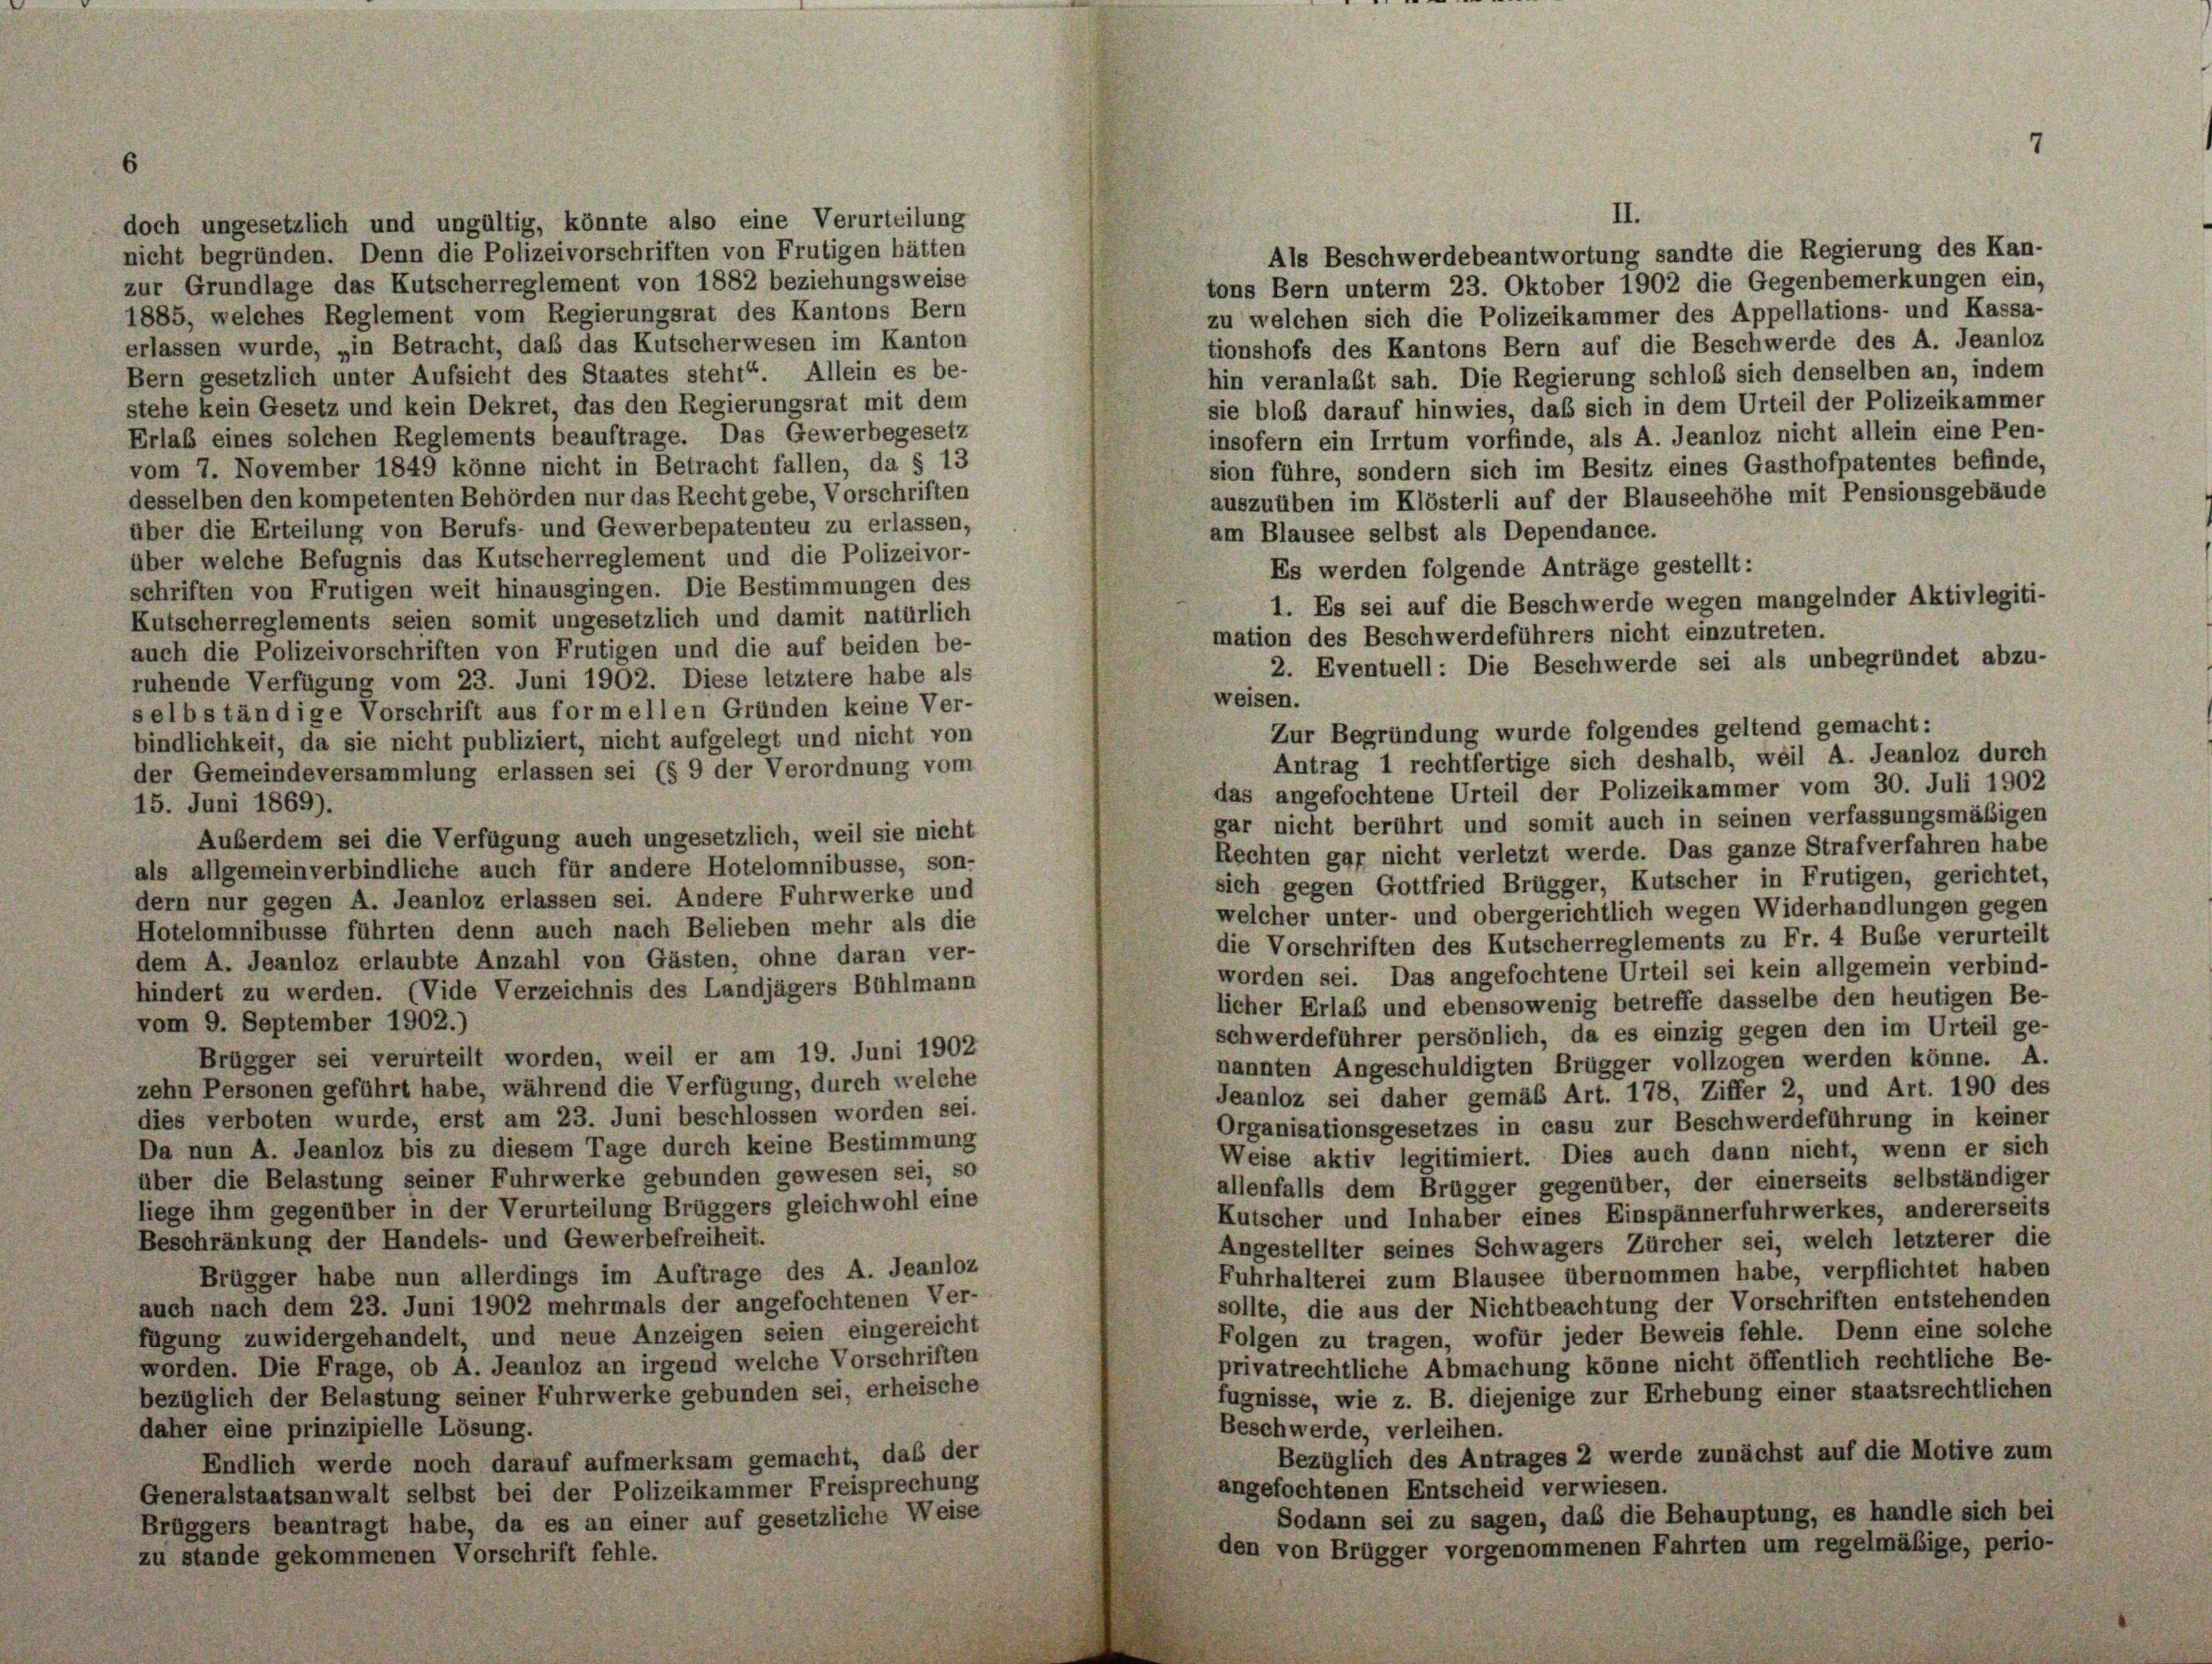
doch ungesetzlich und ungültig, könnte also eine Verurteilung
nicht begründen. Denn die Polizeivorschriften von Frutigen hätten
zur Grundlage das Kutscherreglement von 1882 beziehungsweise
1885, welches Reglement vom Regierungsrat des Kantons Bern
erlassen wurde, „in Betracht, daß das Kutscherwesen im Kanton
Bern gesetzlich unter Aufsicht des Staates steht“. Allein es be-
stehe kein Gesetz und kein Dekret, das den Regierungsrat mit dem
Erlaß eines solchen Reglements beauftrage. Das Gewerbegesetz
vom 7. November 1849 könne nicht in Betracht fallen, da § 13
desselben den kompetenten Behörden nur das Recht gebe, Vorschriften
über die Erteilung von Berufs- und Gewerbepatenteu zu erlassen,
über welche Befugnis das Kutscherreglement und die Polizeivor-
schriften von Frutigen weit hinausgingen. Die Bestimmungen des
Kutscherreglements seien somit ungesetzlich und damit natürlich
auch die Polizeivorschriften von Frutigen und die auf beiden be-
ruhende Verfügung vom 23. Juni 1902. Diese letztere habe als
selbständige Vorschrift aus formellen Gründen keine Ver-
bindlichkeit, da sie nicht publiziert, nicht aufgelegt und nicht von
der Gemeindeversammlung erlassen sei (§ 9 der Verordnung vom
15. Juni 1869).
Außerdem sei die Verfügung auch ungesetzlich, weil sie nicht
als allgemeinverbindliche auch für andere Hotelomnibusse, son-
dern nur gegen A. Jeanloz erlassen sei. Andere Fuhrwerke und
Hotelomnibusse führten denn auch nach Belieben mehr als die
dem A. Jeanloz erlaubte Anzahl von Gästen, ohne daran ver-
hindert zu werden. (Vide Verzeichnis des Landjägers Bühlmann
vom 9. September 1902.)
Brügger sei verurteilt worden, weil er am 19. Juni 1902
zehn Personen geführt habe, während die Verfügung, durch welche
dies verboten wurde, erst am 23. Juni beschlossen worden sei.
Da nun A. Jeanloz bis zu diesem Tage durch keine Bestimmung
über die Belastung seiner Fuhrwerke gebunden gewesen sei, so
liege ihm gegenüber in der Verurteilung Brüggers gleichwohl eine
Beschränkung der Handels- und Gewerbefreiheit.
Brügger habe nun allerdings im Auftrage des A. Jeanloz
auch nach dem 23. Juni 1902 mehrmals der angefochtenen Ver-
fügung zuwidergehandelt, und neue Anzeigen seien eingereicht
worden. Die Frage, ob A. Jeanloz an irgend welche Vorschriften
bezüglich der Belastung seiner Fuhrwerke gebunden sei, erheische
daher eine prinzipielle Lösung.
Endlich werde noch darauf aufmerksam gemacht, daß der
Generalstaatsanwalt selbst bei der Polizeikammer Freisprechung
Brüggers beantragt habe, da es an einer auf gesetzliche Weise
zu stande gekommenen Vorschrift fehle.

Als Beschwerdebeantwortung sandte die Regierung des Kan-
tons Bern unterm 23. Oktober 1902 die Gegenbemerkungen ein,
zu welchen sich die Polizeikammer des Appellations- und Kassa-
tionshofs des Kantons Bern auf die Beschwerde des A. Jeanloz
hin veranlaßt sah. Die Regierung schloß sich denselben an, indem
sie bloß darauf hinwies, daß sich in dem Urteil der Polizeikammer
insofern ein Irrtum vorfinde, als A. Jeanloz nicht allein eine Pen-
sion führe, sondern sich im Besitz eines Gasthofpatentes befinde,
auszuüben im Klösterli auf der Blauseehöhe mit Pensionsgebäude
am Blausee selbst als Dependance.
Es werden folgende Anträge gestellt:
1. Es sei auf die Beschwerde wegen mangelnder Aktivlegiti-
mation des Beschwerdeführers nicht einzutreten.
2. Eventuell: Die Beschwerde sei als unbegründet abzu-
weisen.
Zur Begründung wurde folgendes geltend gemacht:
Antrag 1 rechtfertige sich deshalb, weil A. Jeanloz durch
das angefochtene Urteil der Polizeikammer vom 30. Juli 1902
gar nicht berührt und somit auch in seinen verfassungsmäßigen
Rechten gar nicht verletzt werde. Das ganze Strafverfahren habe
sich gegen Gottfried Brügger, Kutscher in Frutigen, gerichtet,
welcher unter- und obergerichtlich wegen Widerhandlungen gegen
die Vorschriften des Kutscherreglements zu Fr. 4 Buße verurteilt
worden sei. Das angefochtene Urteil sei kein allgemein verbind-
licher Erlaß und ebensowenig betreffe dasselbe den heutigen Be-
schwerdeführer persönlich, da es einzig gegen den im Urteil ge-
nannten Angeschuldigten Brügger vollzogen werden könne. A.
Jeanloz sei daher gemäß Art. 178, Ziffer 2, und Art. 190 des
Organisationsgesetzes in casu zur Beschwerdeführung in keiner
Weise aktiv legitimiert. Dies auch dann nicht, wenn er sich
allenfalls dem Brügger gegenüber, der einerseits selbständiger
Kutscher und Inhaber eines Einspännerfuhrwerkes, andererseits
Angestellter seines Schwagers Zürcher sei, welch letzterer die
Fuhrhalterei zum Blausee übernommen habe, verpflichtet haben
sollte, die aus der Nichtbeachtung der Vorschriften entstehenden
Folgen zu tragen, wofür jeder Beweis fehle. Denn eine solche
privatrechtliche Abmachung könne nicht öffentlich rechtliche Be-
fugnisse, wie z. B. diejenige zur Erhebung einer staatsrechtlichen
Beschwerde, verleihen.
Bezüglich des Antrages 2 werde zunächst auf die Motive zum
angefochtenen Entscheid verwiesen.
Sodann sei zu sagen, daß die Behauptung, es handle sich bei
den von Brügger vorgenommenen Fahrten um regelmäßige, perio-